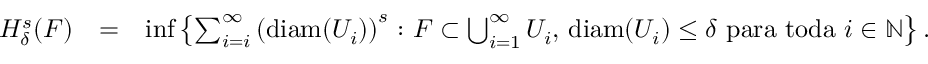
\begin{array} { r l r } { H _ { \delta } ^ { s } ( F ) } & { = } & { \operatorname* { i n f } \left\{ \sum _ { i = i } ^ { \infty } \left( \mathrm { d i a m } ( U _ { i } ) \right) ^ { s } \colon F \subset \bigcup _ { i = 1 } ^ { \infty } U _ { i } \mathrm { , ~ } \mathrm { d i a m } ( U _ { i } ) \leq \delta \mathrm { ~ p a r a ~ t o d a ~ } i \in \mathbb N \right\} . } \end{array}